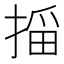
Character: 𫽠